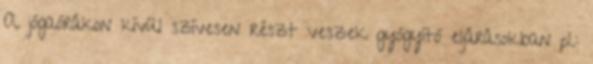
A jógaórákon kívül szívesen részt veszek gyógyító eljárásokban pl.: